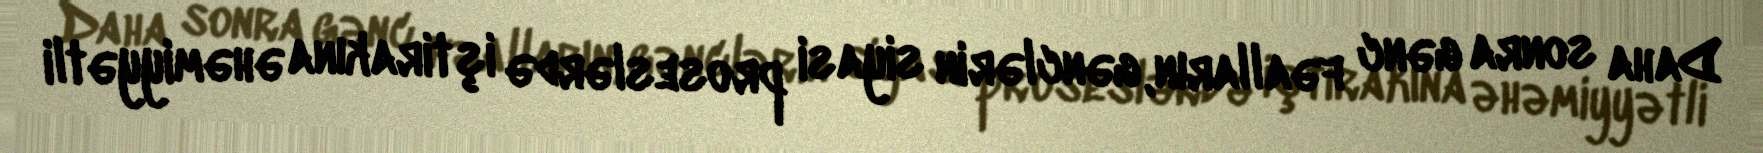
Daha sonra gənc fəalların, gənclərin siyasi proseslərdə iştirakına əhəmiyyətli